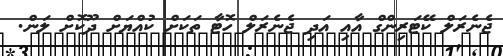
ޖެނެރަލް ކޭޓަރިންގް އާއި އަދި ޖެނެރަލް ހޮޓާ ތަކަށް ކުއްޔަށް ދޫކޮށް ލަން.